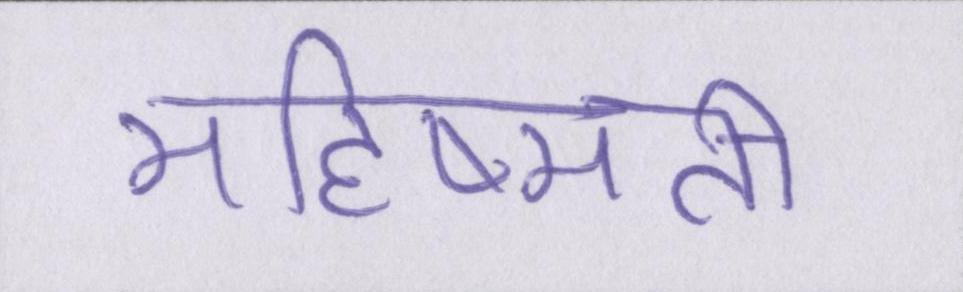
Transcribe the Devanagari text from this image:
महिष्मती